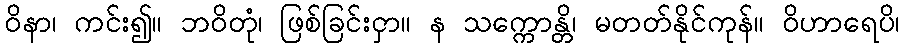
ဝိနာ၊ ကင်း၍။ ဘဝိတုံ၊ ဖြစ်ခြင်းငှာ။ န သက္ကောန္တိ၊ မတတ်နိုင်ကုန်။ ဝိဟာရေပိ၊